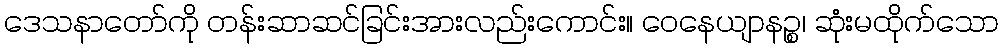
ဒေသနာတော်ကို တန်းဆာဆင်ခြင်းအားလည်းကောင်း။ ဝေနေယျာနဉ္စ၊ ဆုံးမထိုက်သော